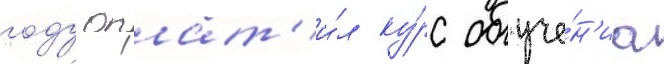
году оплат'и́л ку́рс обуче́н'иа